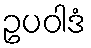
ဥပဝါဒံ